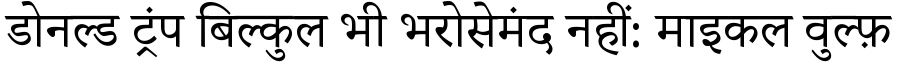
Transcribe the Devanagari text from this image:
डोनल्ड ट्रंप बिल्कुल भी भरोसेमंद नहीं: माइकल वुल्फ़